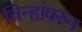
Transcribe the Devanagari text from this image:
चिन्हांवरुन